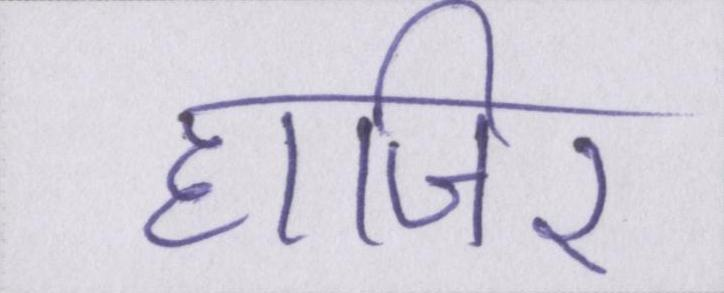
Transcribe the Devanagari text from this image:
हाजिर